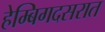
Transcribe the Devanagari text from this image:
हेम्बिगदसरात